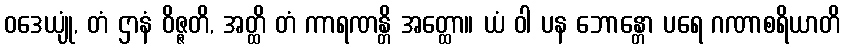
ဝဒေယျုံ, တံ ဌာနံ ဝိဇ္ဇတိ, အတ္ထိ တံ ကာရဏန္တိ အတ္ထော။ ယံ ဝါ ပန ဘောန္တော ပရေ ဂဏာစရိယာတိ